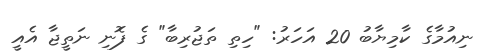
ނިއުމާގެ ކާމިޔާބު 20 އަހަރު: "ހިތި ތަޖުރިބާ" ގެ ފޮނި ނަތީޖާ އެއީީ